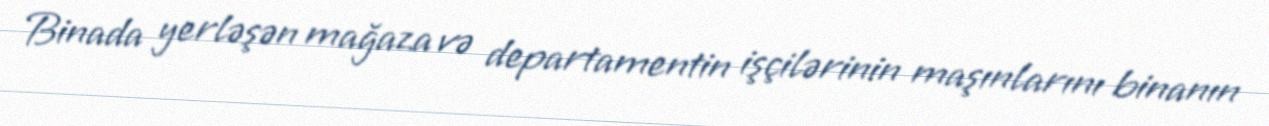
Binada yerləşən mağaza və departamentin işçilərinin maşınlarını binanın